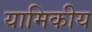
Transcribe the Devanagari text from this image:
यामिकीय